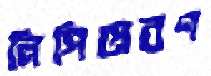
লিপিপ্রেরণ